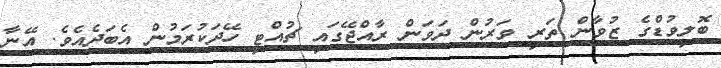
ބޮލީވުޑްގެ ޒުވާން ތަރި ވަރުން ދަވަން ރާއްޖޭގައި ޗުއްޓީ ހޭދަކުރަމުން އެބަދެއެވެ. އޭނާ